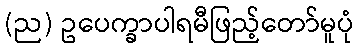
(ည) ဥပေက္ခာပါရမီဖြည့်တော်မူပုံ